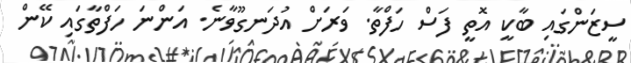
ސީޒަންގައި ބާކީ އޮތީ ފަސް ހަފްތާ. ވަރަށް އުދަނގޫވާނެ. އަންނަ ހަފްތާގައި ކޭން